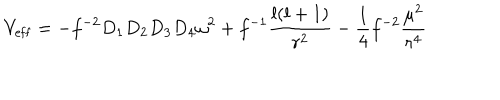
V _ { \mathrm { e f f } } = - f ^ { - 2 } D _ { 1 } D _ { 2 } D _ { 3 } D _ { 4 } \omega ^ { 2 } + f ^ { - 1 } { \frac { l ( l + 1 ) } { r ^ { 2 } } } - { \frac { 1 } { 4 } } f ^ { - 2 } { \frac { \mu ^ { 2 } } { r ^ { 4 } } }